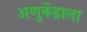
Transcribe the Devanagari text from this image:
अणुकेंद्राला